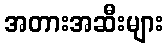
အတားအဆီးများ